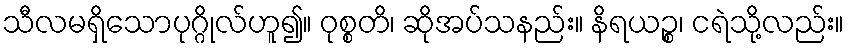
သီလမရှိသောပုဂ္ဂိုလ်ဟူ၍။ ဝုစ္စတိ၊ ဆိုအပ်သနည်း။ နိရယဉ္စ၊ ငရဲသို့လည်း။